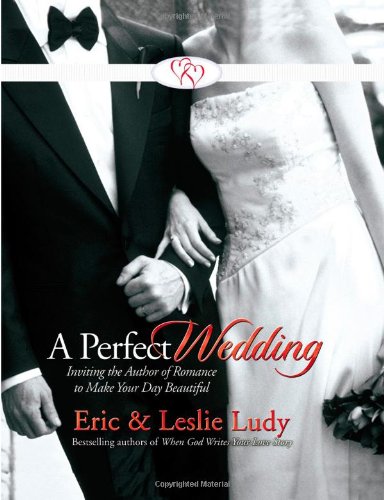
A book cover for A Perfect Wedding: Inviting the Author of Romance to Make Your Day Beautiful; Eric Ludy; Crafts, Hobbies & Home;